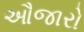
ઔજારો